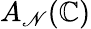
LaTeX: A_{\mathscr{N}}(\mathbb{{C}})